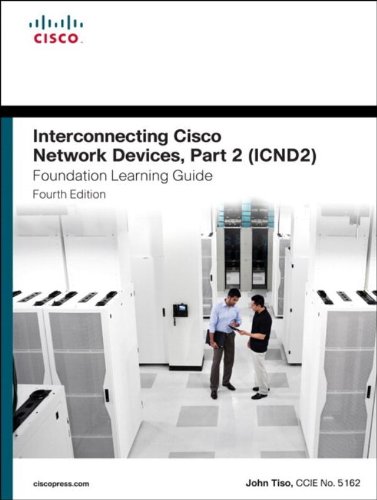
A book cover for Interconnecting Cisco Network Devices, Part 2 (ICND2) Foundation Learning Guide (4th Edition) (Foundation Learning Guides); John Tiso; Computers & Technology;